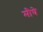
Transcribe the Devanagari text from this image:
मौधे